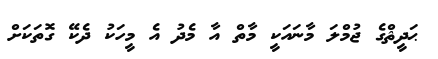
ޙަދީޘްގެ ޖުމްލަ މާނައަކީ މާތް އާ މެދު އެ މީހަކު ދެކޭ ގޮތަކަށް